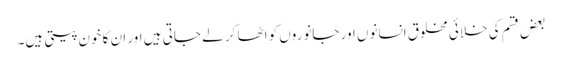
بعض قسم کی خلائی مخلوق انسانوں اور جانوروں کو اٹھا کر لے جاتی ہیں اور ان کا خون پیتی ہیں۔